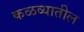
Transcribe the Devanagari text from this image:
कळव्यातील